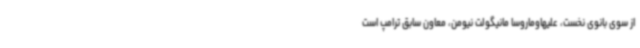
از سوی بانوی نخست، علیهاوماروسا مانیگولت نیومن، معاون سابق ترامپ است